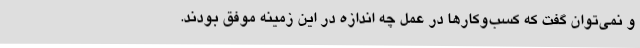
و نمی‌توان گفت که کسب‌وکارها در عمل چه اندازه در این زمینه موفق بودند.